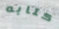
كتابه